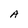
Character: A